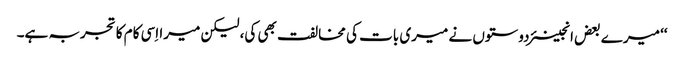
‘‘ میرے بعض انجینئر دوستوں نے میری بات کی مخالفت بھی کی، لیکن میرا اِسی کام کا تجربہ ہے۔